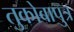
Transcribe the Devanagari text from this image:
तुकोबापुत्र